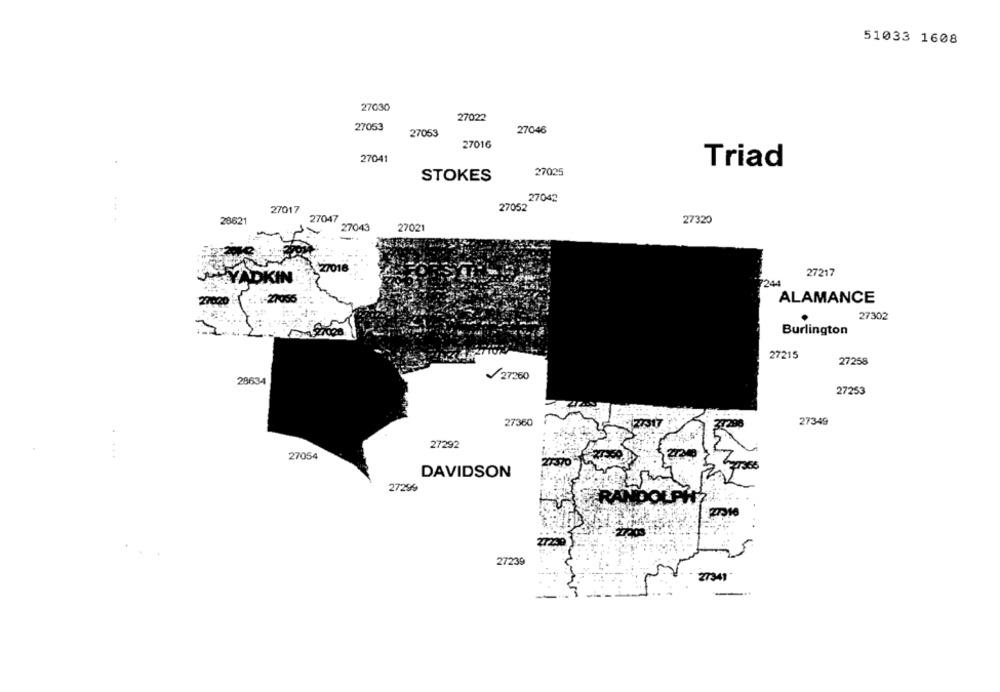
51033 1608
27030
27022
27053
27046
27053
27016
27041
Triad
27025
STOKES
27042
27052
27017
28621
27047
27320
27043
27021
27217
YADKIN
244
: 1-27055
ALAMANCE
27302
Burlington
27215
27258
28634
27260
27253
27360
27349
27292
....
27054
27370
DAVIDSON
27299
RA
27239
27341